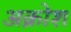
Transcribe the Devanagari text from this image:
अक्रोश